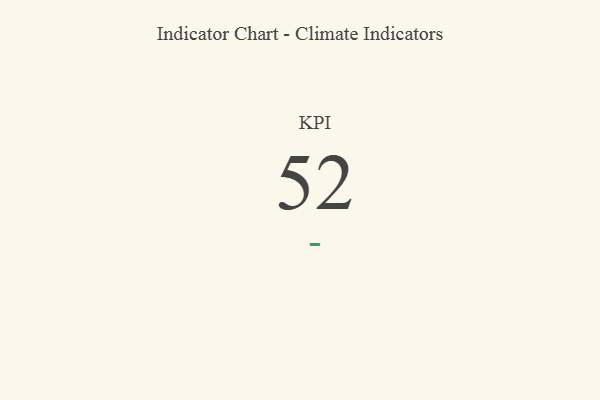
{"axis": {"x": "KPI", "y": "Value"}, "legend": [""], "data": [{"x": "KPI", "y": 52, "type": ""}]}